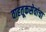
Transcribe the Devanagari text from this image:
वाहतूकसेवांचा